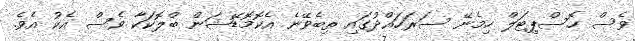
ވެސް ހޮސްޕިޓަލް ހިމެނޭ ސަރަހައްދުގައި ތިބެވޭނެ އެކޮމޮޑޭޝަން ބްލޮކަކާ ވެސް އެކު އެވެ.